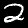
Label: 2